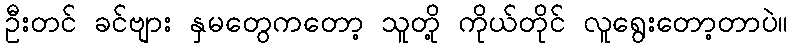
ဦးတင် ခင်ဗျား နှမတွေကတော့ သူတို့ ကိုယ်တိုင် လူရွေးတော့တာပဲ။